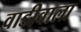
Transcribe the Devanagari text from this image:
वाडीवाला